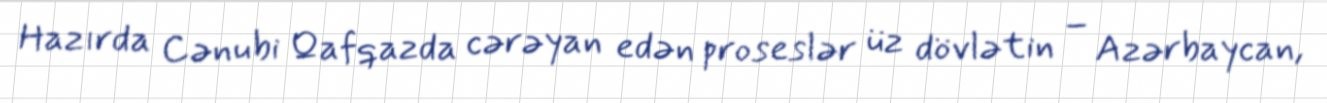
Hazırda Cənubi Qafqazda cərəyan edən proseslər üz dövlətin – Azərbaycan,